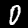
Digit: 0